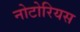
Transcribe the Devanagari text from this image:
नोटोरियस